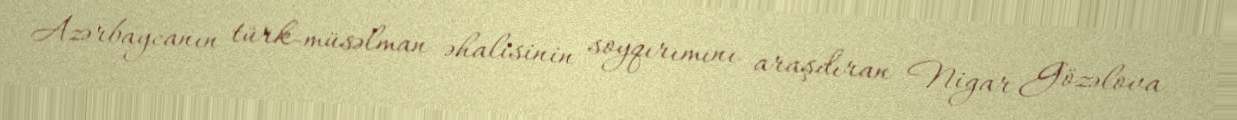
Azərbaycanın türk-müsəlman əhalisinin soyqırımını araşdıran Nigar Gözəlova